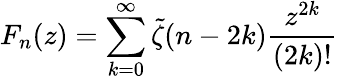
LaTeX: F_{n}(z)=\sum_{k=0}^{\infty}\tilde{\zeta}(n-2k)\frac{z^{2k}}{(2k)!}